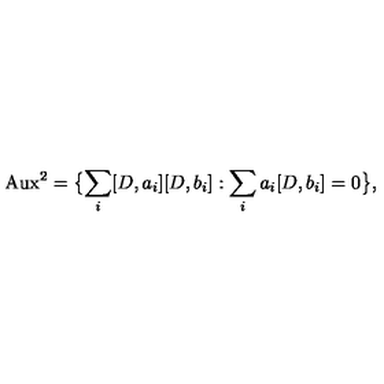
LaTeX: \mathrm { A u x } ^ { 2 } = \bigl \{ \sum _ { i } [ D , a _ { i } ] [ D , b _ { i } ] : \sum _ { i } a _ { i } [ D , b _ { i } ] = 0 \bigr \} ,